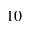
^ { 1 0 }